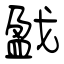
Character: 戤